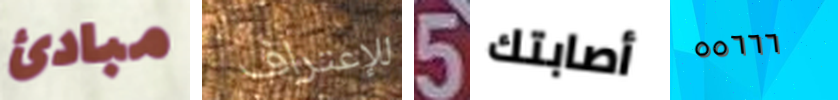
مبادئ للإعتراف 5 أصابتك ٥٥٦٦٦